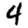
Digit: 4